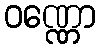
ဝဏ္ဏော